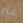
غير